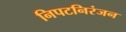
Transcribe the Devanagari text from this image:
निपटनिरंजन